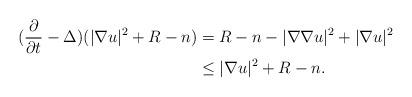
LaTeX: \begin{align*}(\frac{\partial}{\partial t}-\Delta)(|\nabla u|^2+R-n)&=R-n-|\nabla\nabla u|^2+|\nabla u|^2\\&\leq |\nabla u|^2+R-n.\end{align*}